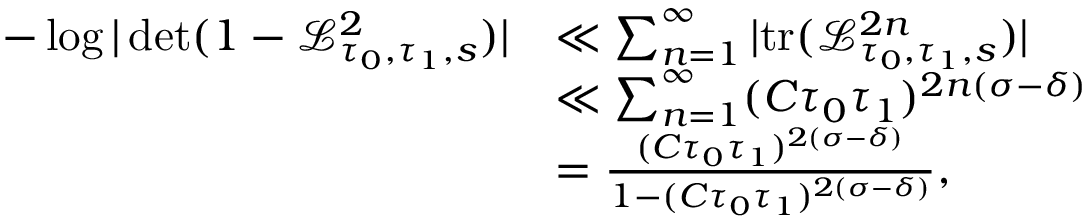
\begin{array} { r l } { - \log \vert \operatorname* { d e t } ( 1 - \mathcal { L } _ { \tau _ { 0 } , \tau _ { 1 } , s } ^ { 2 } ) \vert } & { \ll \sum _ { n = 1 } ^ { \infty } \vert \mathrm { t r } ( \mathcal { L } _ { \tau _ { 0 } , \tau _ { 1 } , s } ^ { 2 n } ) \vert } \\ & { \ll \sum _ { n = 1 } ^ { \infty } ( C \tau _ { 0 } \tau _ { 1 } ) ^ { 2 n ( \sigma - \delta ) } } \\ & { = \frac { ( C \tau _ { 0 } \tau _ { 1 } ) ^ { 2 ( \sigma - \delta ) } } { 1 - ( C \tau _ { 0 } \tau _ { 1 } ) ^ { 2 ( \sigma - \delta ) } } , } \end{array}